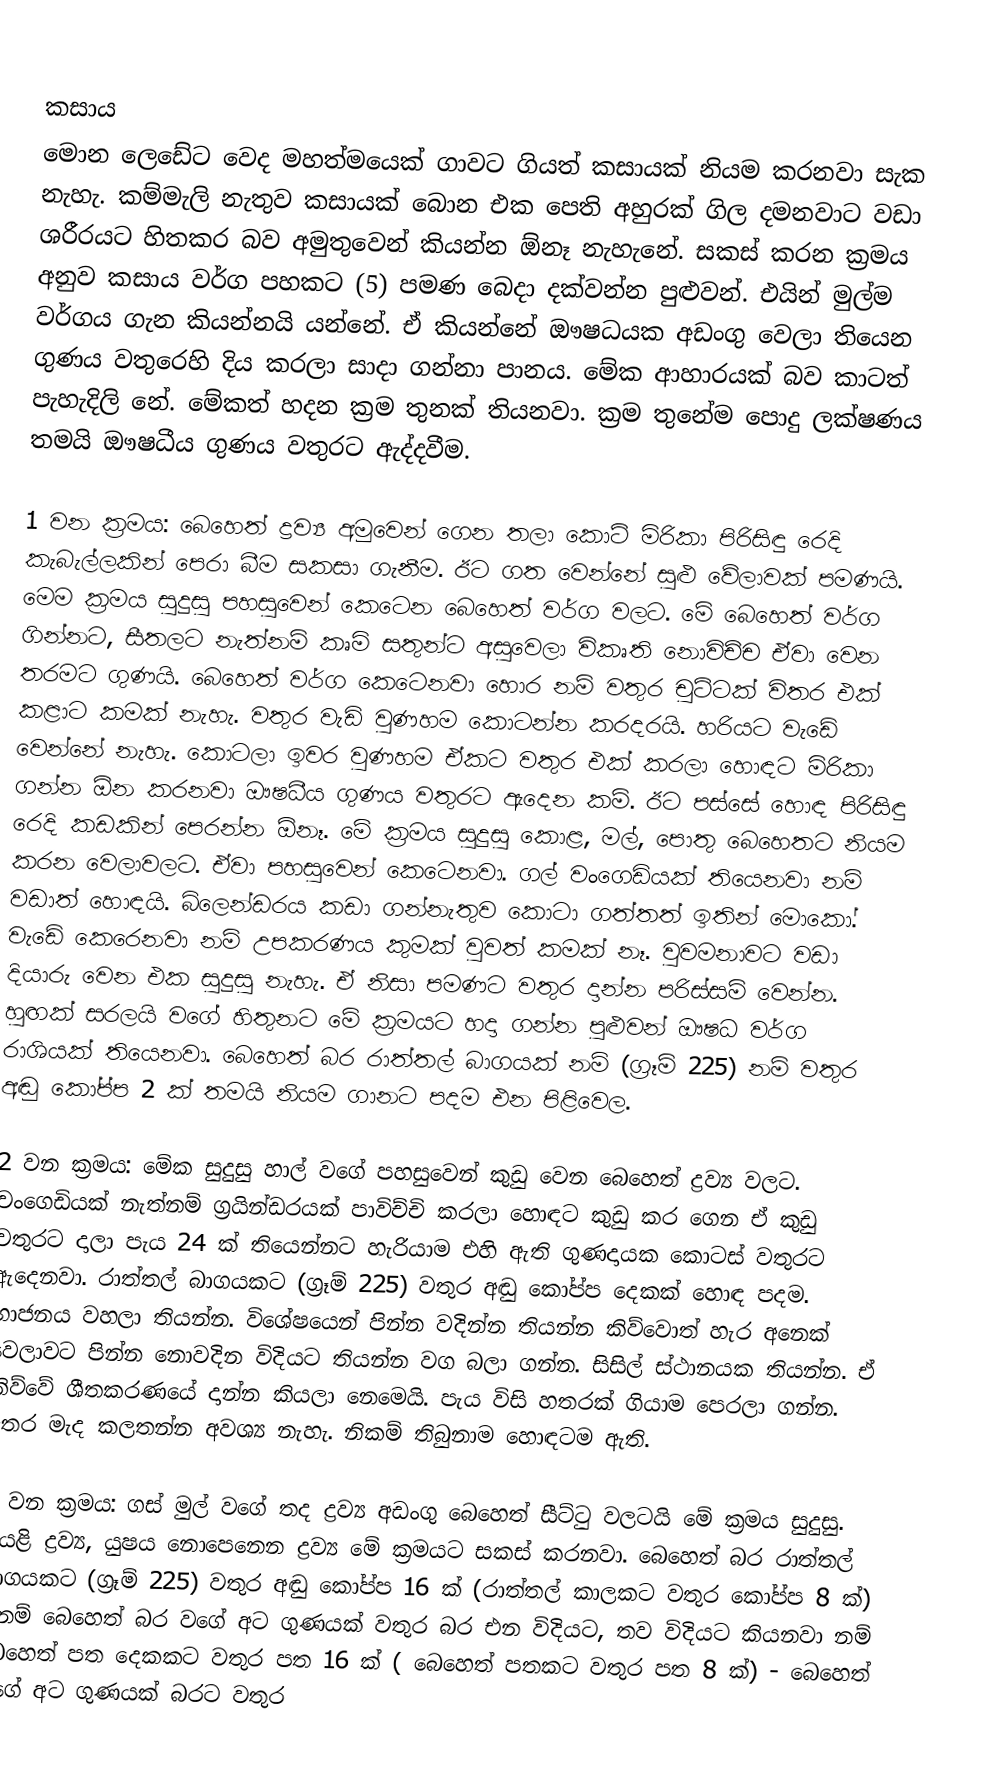

කසාය
මොන ලෙඩේට වෙද මහත්මයෙක් ගාවට ගියත් කසායක් නියම කරනවා සැක නැහැ. කම්මැලි නැතුව කසායක් බොන එක පෙති අහුරක් ගිල දමනවාට වඩා ශරීරයට හිතකර බව අමුතුවෙන් කියන්න ඕනෑ නැහැනේ. සකස් කරන ක්‍රමය අනුව කසාය වර්ග පහකට (5) පමණ බෙදා දක්වන්න පුළුවන්. එයින් මුල්ම වර්ගය ගැන කියන්නයි යන්නේ. ඒ කියන්නේ ඖෂධයක අඩංගු වෙලා තියෙන ගුණය වතුරෙහි දිය කරලා සාදා ගන්නා පානය. මේක ආහාරයක් බව කාටත් පැහැදිලි නේ. මේකත් හදන ක්‍රම තුනක් තියනවා. ක්‍රම තුනේම පොදු ලක්ෂණය තමයි ඖෂධීය ගුණය වතුරට ඇද්දවීම.

1 වන ක්‍රමය: බෙහෙත් ද්‍රව්‍ය අමුවෙන් ගෙන තලා කොටි මිරිකා පිරිසිඳු රෙදි කැබැල්ලකින් පෙරා බීම සකසා ගැනීම. ඊට ගත වෙන්නේ සුළු වේලාවක් පමණයි. මෙම ක්‍රමය සුදුසු පහසුවෙන් කෙටෙන බෙහෙත් වර්ග වලට. මේ බෙහෙත් වර්ග ගින්නට, සීතලට නැත්නම් කෘමි සතුන්ට අසුවෙලා විකෘති නොවිච්ච ඒවා වෙන තරමට ගුණයි. බෙහෙත් වර්ග කෙටෙනවා හොර නම් වතුර චුට්ටක් විතර එක් කළාට කමක් නැහැ. වතුර වැඩි වුණහම කොටන්න කරදරයි. හරියට වැඩේ වෙන්නේ නැහැ. කොටලා ඉවර වුණහම ඒකට වතුර එක් කරලා හොඳට මිරිකා ගන්න ඕන කරනවා ඖෂධීය ගුණය වතුරට ඇදෙන කම්. ඊට පස්සේ හොඳ පිරිසිඳු රෙදි කඩකින් පෙරන්න ඕනෑ. මේ ක්‍රමය සුදුසු කොළ, මල්, පොතු බෙහෙතට නියම කරන වෙලාවලට. ඒවා පහසුවෙන් කෙටෙනවා. ගල් වංගෙඩියක් තියෙනවා නම් වඩාත් හොඳයි. බ්ලෙන්ඩරය කඩා ගන්නැතුව කොටා ගත්තත් ඉතින් මොකෝ. වැඩේ කෙරෙනවා නම් උපකරණය කුමක් වුවත් කමක් නෑ. වුවමනාවට වඩා දියාරු වෙන එක සුදුසු නැහැ. ඒ නිසා පමණට වතුර දාන්න පරිස්සම් වෙන්න. හුඟක් සරලයි වගේ හිතුනට මේ ක්‍රමයට හදා ගන්න පුළුවන් ඖෂධ වර්ග රාශියක් තියෙනවා. බෙහෙත් බර රාත්තල් බාගයක් නම් (ග්‍රෑම් 225) නම් වතුර අඬු කෝප්ප 2 ක් තමයි නියම ගානට පදම එන පිළිවෙල.

2 වන ක්‍රමය: මේක සුදුසු හාල් වගේ පහසුවෙන් කුඩු වෙන බෙහෙත් ද්‍රව්‍ය වලට. වංගෙඩියක් නැත්නම් ග්‍රයින්ඩරයක් පාවිච්චි කරලා හොඳට කුඩු කර ගෙන ඒ කුඩු වතුරට දාලා පැය 24 ක් තියෙන්නට හැරියාම එහි ඇති ගුණදායක කොටස් වතුරට ඇදෙනවා. රාත්තල් බාගයකට (ග්‍රෑම් 225) වතුර අඬු කෝප්ප දෙකක් හොඳ පදම. භාජනය වහලා තියන්න. විශේෂයෙන් පින්න වදින්න තියන්න කිව්වොත් හැර අනෙක් වෙලාවට පින්න නොවදින විදියට තියන්න වග බලා ගන්න. සිසිල් ස්ථානයක තියන්න. ඒ කිව්වේ ශීතකරණයේ දාන්න කියලා නෙමෙයි. පැය විසි හතරක් ගියාම පෙරලා ගන්න. අතර මැද කලතන්න අවශ්‍ය නැහැ. නිකම් තිබුනාම හොඳටම ඇති.

3 වන ක්‍රමය: ගස් මුල් වගේ තද ද්‍රව්‍ය අඩංගු බෙහෙත් සීට්ටු වලටයි මේ ක්‍රමය සුදුසු. වියළි ද්‍රව්‍ය, යුෂය නොපෙනෙන ද්‍රව්‍ය මේ ක්‍රමයට සකස් කරනවා. බෙහෙත් බර රාත්තල් බාගයකට (ග්‍රෑම් 225) වතුර අඬු කෝප්ප 16 ක් (රාත්තල් කාලකට වතුර කෝප්ප 8 ක්) එනම් බෙහෙත් බර වගේ අට ගුණයක් වතුර බර එන විදියට, තව විදියට කියනවා නම් බෙහෙත් පත දෙකකට වතුර පත 16 ක් ( බෙහෙත් පතකට වතුර පත 8 ක්) - බෙහෙත් වගේ අට ගුණයක් බරට වතුර